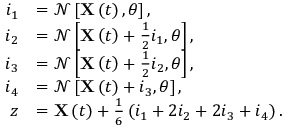
\begin{array} { r l } { i _ { 1 } } & { = \mathcal { N } \left[ \mathbf { X } \left( t \right) , \theta \right] , } \\ { i _ { 2 } } & { = \mathcal { N } \left[ \mathbf { X } \left( t \right) + \frac { 1 } { 2 } i _ { 1 } , \theta \right] , } \\ { i _ { 3 } } & { = \mathcal { N } \left[ \mathbf { X } \left( t \right) + \frac { 1 } { 2 } i _ { 2 } , \theta \right] , } \\ { i _ { 4 } } & { = \mathcal { N } \left[ \mathbf { X } \left( t \right) + i _ { 3 } , \theta \right] , } \\ { z } & { = \mathbf { X } \left( t \right) + \frac { 1 } { 6 } \left( i _ { 1 } + 2 i _ { 2 } + 2 i _ { 3 } + i _ { 4 } \right) . } \end{array}